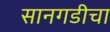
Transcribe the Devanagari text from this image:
सानगडीचा